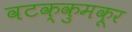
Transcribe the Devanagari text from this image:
वटक्कुमकूर